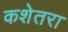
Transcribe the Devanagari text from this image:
कशेतरा